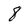
Character: 8